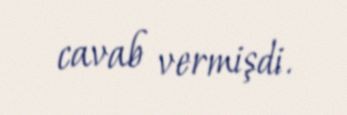
cavab vermişdi.